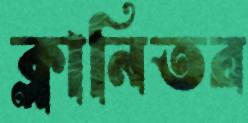
ক্লানিতর